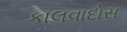
કાલવાદોસ